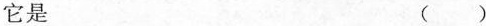
它是 ()